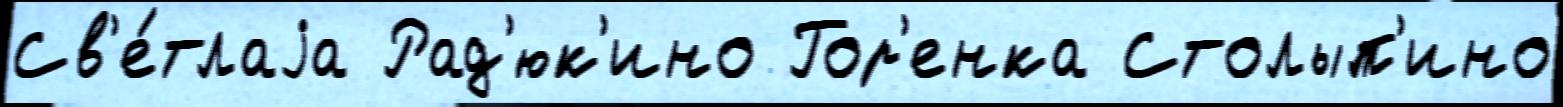
Св'е́тлаjа Рад'юк'ино Гор'енка Столып'ино